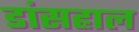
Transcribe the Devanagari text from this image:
डांसहाल